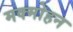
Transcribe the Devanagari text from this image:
मक्मोहन